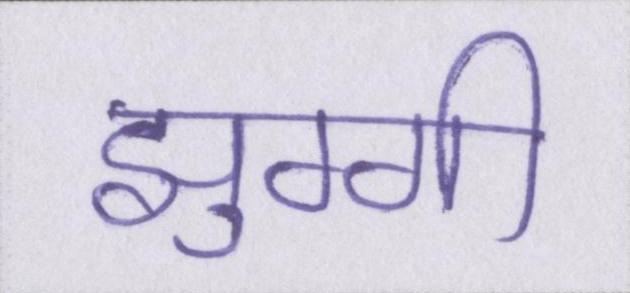
झुग्गी